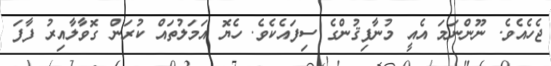
ޖެހެއެވެ. ނޫންނަމަ އެއީ މުނާފިޤުންގެ ސިފައެކެވެ. ހެޔޮ އަމަލުތައް ކުރަން ގޮވާލާއިރު ފާފަ